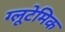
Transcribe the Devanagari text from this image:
ग्लूटेमिक